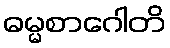
ဓမ္မစာဂေါတိ